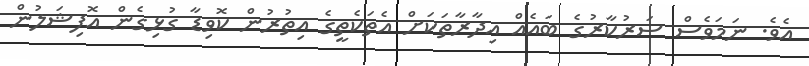
އެވެ. ނަމަވެސް ސަރުކާރުގެ ބައެއް އިދާރާތަކަށް އެތަކެތީގެ އިތުރުން ކޮވިޑާ ގުޅިގެން އޮފިޝަލުން